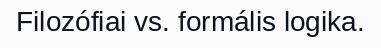
Filozófiai vs. formális logika.